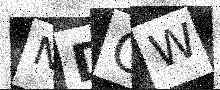
Text: NDCW